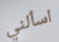
اسألني